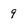
Character: 9